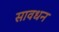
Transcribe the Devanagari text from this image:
सावधन